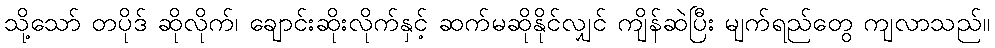
သို့သော် တပိုဒ် ဆိုလိုက်၊ ချောင်းဆိုးလိုက်နှင့် ဆက်မဆိုနိုင်လျှင် ကျိန်ဆဲပြီး မျက်ရည်တွေ ကျလာသည်။